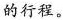
的行程。